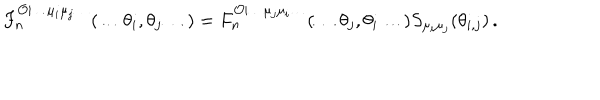
LaTeX: F _ { n } ^ { \mathcal { O } | \ldots \mu _ { i } \mu _ { j } \ldots } ( \ldots \theta _ { i } , \theta _ { j } \ldots ) = F _ { n } ^ { \mathcal { O } | \ldots \mu _ { j } \mu _ { i } \ldots } ( \ldots \theta _ { j } , \theta _ { i } \ldots ) S _ { \mu _ { i } \mu _ { j } } ( \theta _ { i , j } ) \, .